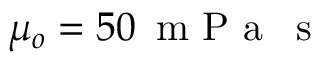
\mu _ { o } = 5 0 \, \mathrm { ~ m ~ P ~ a ~ } \, \mathrm { ~ s ~ }